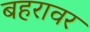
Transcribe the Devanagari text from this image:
बहरावर